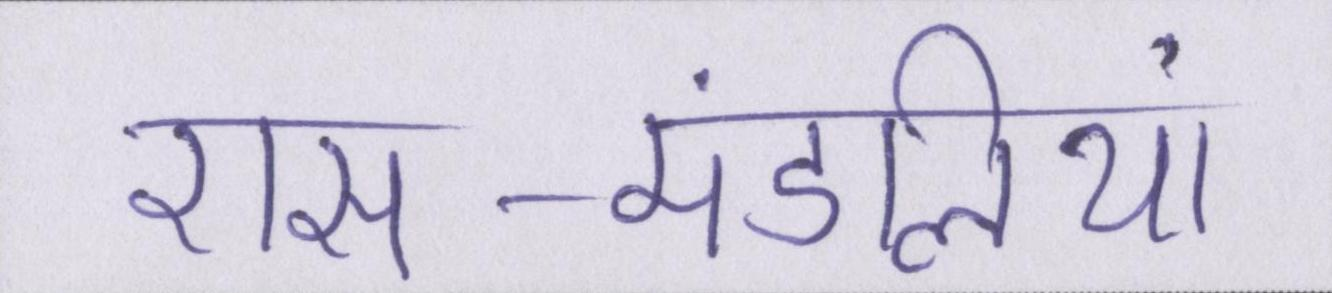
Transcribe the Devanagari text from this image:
रास-मंडलियां